Vaccine operations Central Provinces 1868-1885 - 1868-1885
Year: 1868
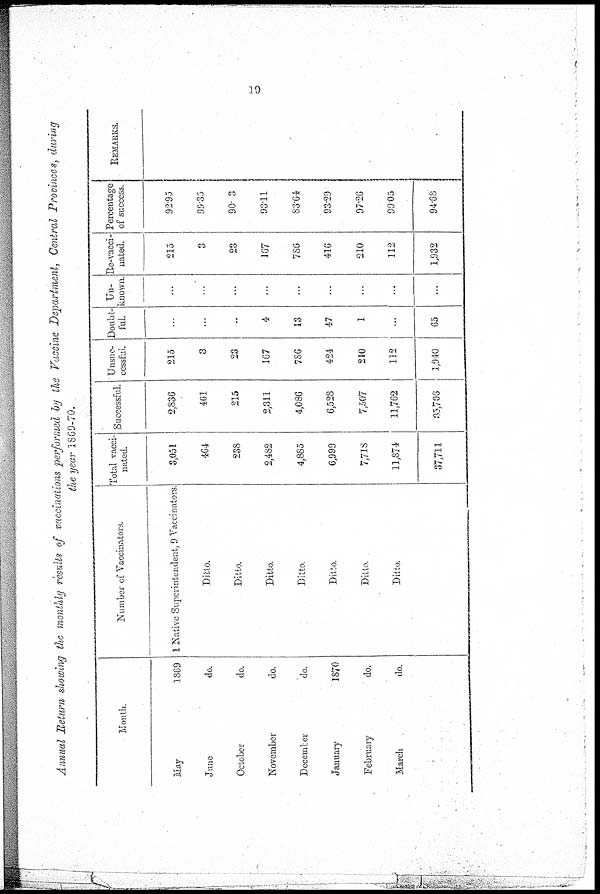
19
Annual Return showing the monthly results of vaccinations performed by the Vaccine Department, Central Provinces, during
the year 1869-70.
Month.
May
June
October
November
December
January
February
March
1869
do.
do.
do.
do.
1870
do.
do.
Number of Vaccinators.
1 Native Superintendent, 9 Vaccinators
Ditto.
Ditto.
Ditto.
Ditto.
Ditto.
Ditto.
Ditto.
Total vacci-
nated.
3,051
464
238
2,482
4,885
6,999
7,738
11,874
37,711
Successful.
2,836
461
215
2,311
4,086
6,528
7,507
11,762
35,706
Unsuc-
cessful.
215
3
23
167
786
424
210
112
1,940
Doubt-
ful.
...
...
...
4
13
47
1
...
65
Un-
known.
...
...
...
...
...
...
...
...
..
Re-vacci-
nated.
215
3
23
167
786
416
210
112
1,932
Percentage
of success.
92.95
99.35
90. 3
93.11
83.64
93.29
97.26
99.05
94.68
REMARKS.